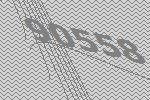
90558